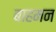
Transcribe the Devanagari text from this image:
बाहमन